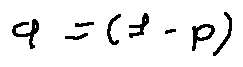
q = ( 1 - p )